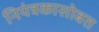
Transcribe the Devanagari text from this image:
नियंत्रकासोबत